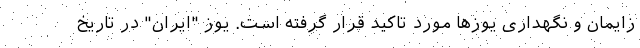
زایمان و نگهداری یوزها مورد تاکید قرار گرفته است. یوز "ایران" در تاریخ